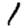
Digit: 1